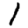
Digit: 1